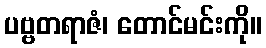
ပဗ္ဗတရာဇံ၊ တောင်မင်းကို။